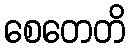
စေတေတိ